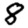
Digit: 8